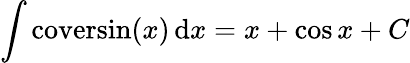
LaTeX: \int\mathrm{coversin}(x)\, \mathrm{d}x=x+\cos{x}+C